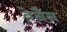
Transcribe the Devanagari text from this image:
ब्रेनैन